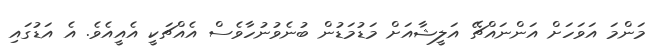
މަންމަ އަވަހަށް އަންނައްޗޭ އަލީޝާއަށް މަޑުމަޑުން ބުނެވުނުހާވެސް އެއްޗަކީ އެއީއެވެ. އެ އަޑުގައި